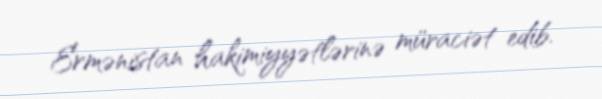
Ermənistan hakimiyyətlərinə müraciət edib.